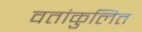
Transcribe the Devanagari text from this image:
वतांकुलित